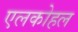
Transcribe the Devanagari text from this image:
एलकोहल